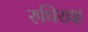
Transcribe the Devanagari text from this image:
रुधिराक्ष